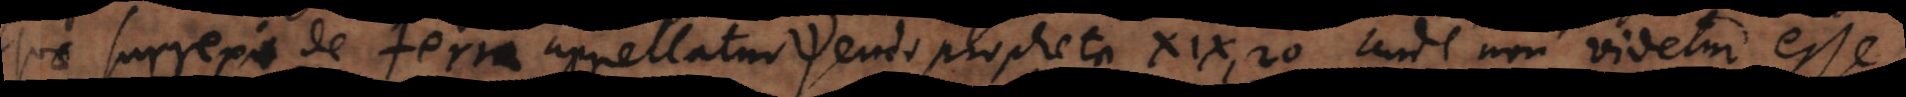
quae surrexit de terra appellatur pseudopropheta XIX, 20. Unde non videtur esse